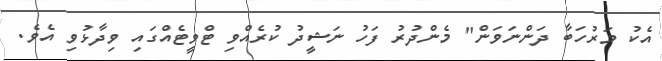
އެކު މަރުހަބާ ދަންނަވަން" މެންދުރު ފަހު ނަޝީދު ކުރެއްވި ޓްވީޓެއްގައި ވިދާޅުވި އެވެ.